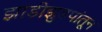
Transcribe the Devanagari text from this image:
झाडीझुडपांतून